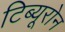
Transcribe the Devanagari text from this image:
टिब्यूरोन